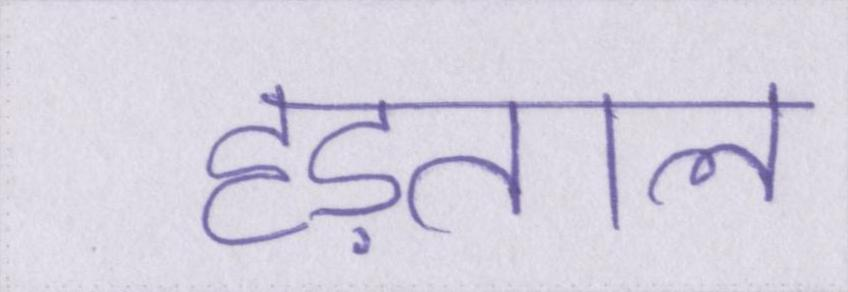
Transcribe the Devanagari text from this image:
हड़ताल